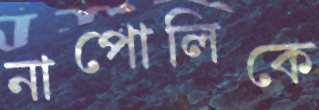
নাপোলিকে